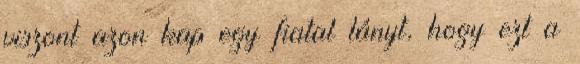
viszont azon kap egy fiatal lányt, hogy ezt a